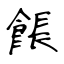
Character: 餦